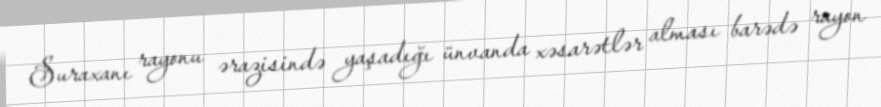
Suraxanı rayonu ərazisində yaşadığı ünvanda xəsarətlər alması barədə rayon